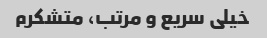
خیلی سریع و مرتب، متشکرم